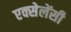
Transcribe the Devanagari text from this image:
एक्सेलेंसी